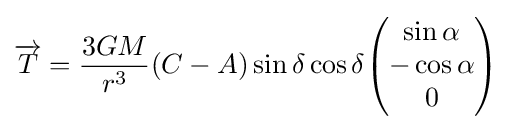
{\overrightarrow {T}}={\frac {3GM}{r^{3}}}(C-A)\sin \delta \cos \delta {\begin{pmatrix}\sin \alpha \\-\cos \alpha \\0\end{pmatrix}}